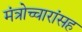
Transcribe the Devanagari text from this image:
मंत्रोच्चारांसह